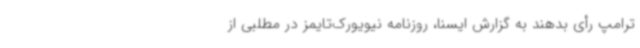
ترامپ رأی بدهند به گزارش ایسنا، روزنامه نیویورک‌تایمز در مطلبی از